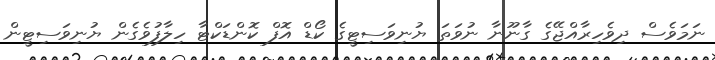
ނަމަވެސް ދިވެހިރާއްޖޭގެ ގާނޫނާ ނުވަތަ ޔުނިވަސިޓީގެ ކޯޑް އޮފް ކޮންޑަކްޓާ ހިލާފުވެގެން ޔުނިވަސިޓީން